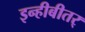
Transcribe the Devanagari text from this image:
इन्हीबीतर्